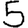
Digit: 5